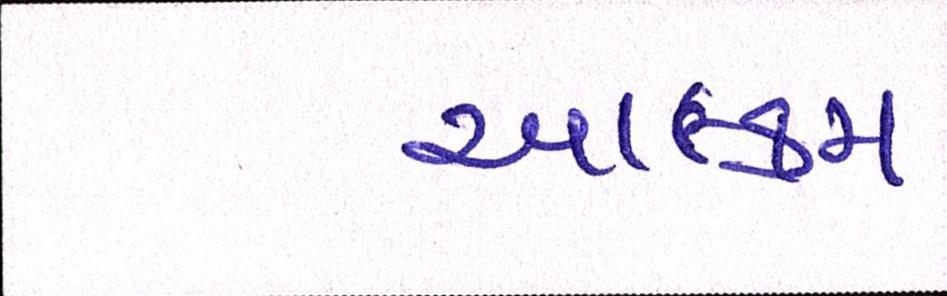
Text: આલ્કમ